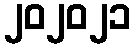
၂၀၂၀၂၁